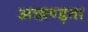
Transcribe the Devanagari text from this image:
अखण्ड़ता